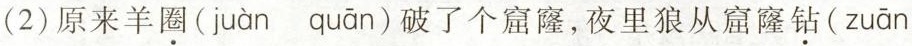
(2)原来羊圈(juàn quān)破了个窟窿，夜里狼从窟窿钻(zuān